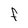
Character: f